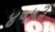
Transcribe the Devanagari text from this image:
४५५३